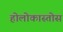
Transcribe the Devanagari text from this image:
होलोकास्तोस